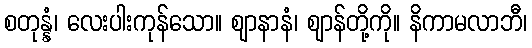
စတုန္နံ၊ လေးပါးကုန်သော။ ဈာနာနံ၊ ဈာန်တို့ကို။ နိကာမလာဘီ၊